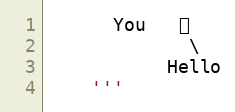
Language: Python
      You   好
             \
           Hello
    '''